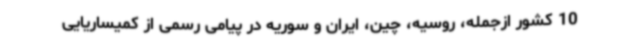
10 کشور ازجمله، روسیه، چین، ایران و سوریه در پیامی رسمی از کمیساریایی